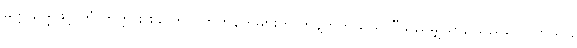
မတ္တသဒ္ဒါဖြင့် ကံ ကတ္တား စသော ဝိဘတ်နက်များကို ကန့်ကွက်သည်၊ “သည်မျှသာ, သည်လောက်သာ,